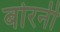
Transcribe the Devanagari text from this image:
बोरनी